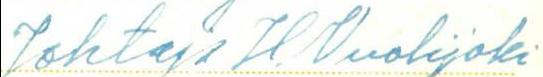
Johtaja H. Vuolijoki